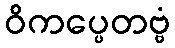
ဝိကပ္ပေတဗ္ဗံ